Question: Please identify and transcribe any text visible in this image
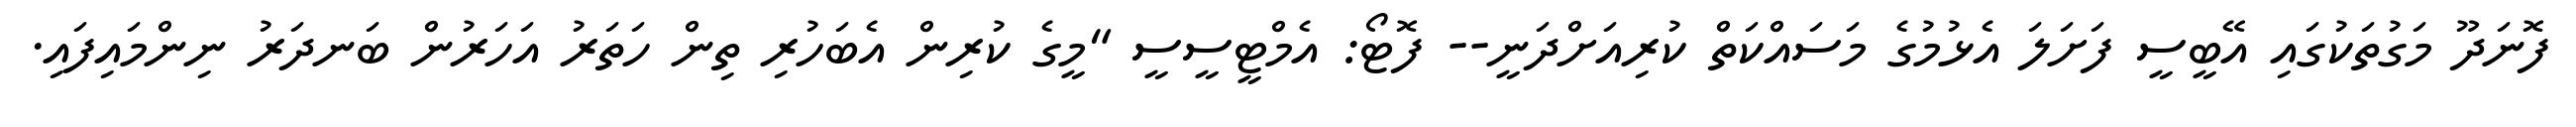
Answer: ފޮނަދޫ މަގުތަކުގައި އޭބީސީ ފަށަލަ އެޅުމުގެ މަސައްކަތް ކުރިއަށްދަނީ-- ފޮޓޯ: އެމްޓީސީސީ "މީގެ ކުރިން އެބަހުރި ތިން ހަތަރު އަހަރުން ބަނދަރު ނިންމައިފައި.